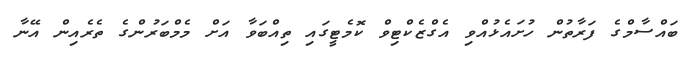
ބައްސާމްގެ ފަރާތުން ހުށައެޅުއްވި އެގްޒެކްޓިވް ކޮމެޓީގައި ތިއްބަވާ އަށް މެމްބަރުންގެ ތެރެއިން އޭނާ